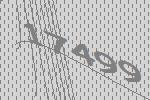
17499